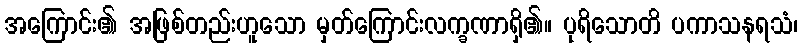
အကြောင်း၏ အဖြစ်တည်းဟူသော မှတ်ကြောင်းလက္ခဏာရှိ၏။ ပုရိသောတိ ပကာသနရသံ၊